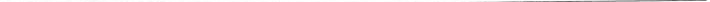
___